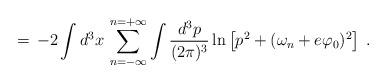
LaTeX: \begin{align*}=\,-2 \int d^3x\, \sum_{n=-\infty}^{n=+\infty}\int \frac{d^3p}{(2\pi)^3}\ln \left[p^2 + (\omega_n + e \varphi_0)^2\right] \;.\end{align*}